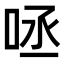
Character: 𠱺